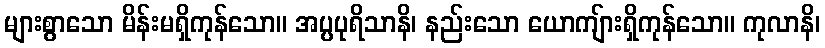
များစွာသော မိန်းမရှိကုန်သော။ အပ္ပပုရိသာနိ၊ နည်းသော ယောကျ်ားရှိကုန်သော။ ကုလာနိ၊